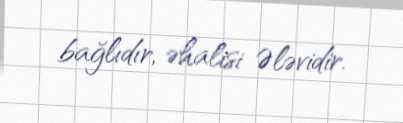
bağlıdır, əhalisi Ələvidir.